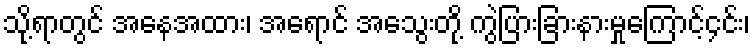
သို့ရာတွင် အနေအထား၊ အရောင် အသွေးတို့ ကွဲပြားခြားနားမှုကြောင့်၄င်း၊